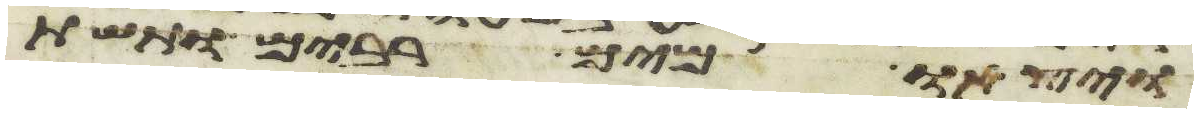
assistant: ויצאו מים רבים ותשת